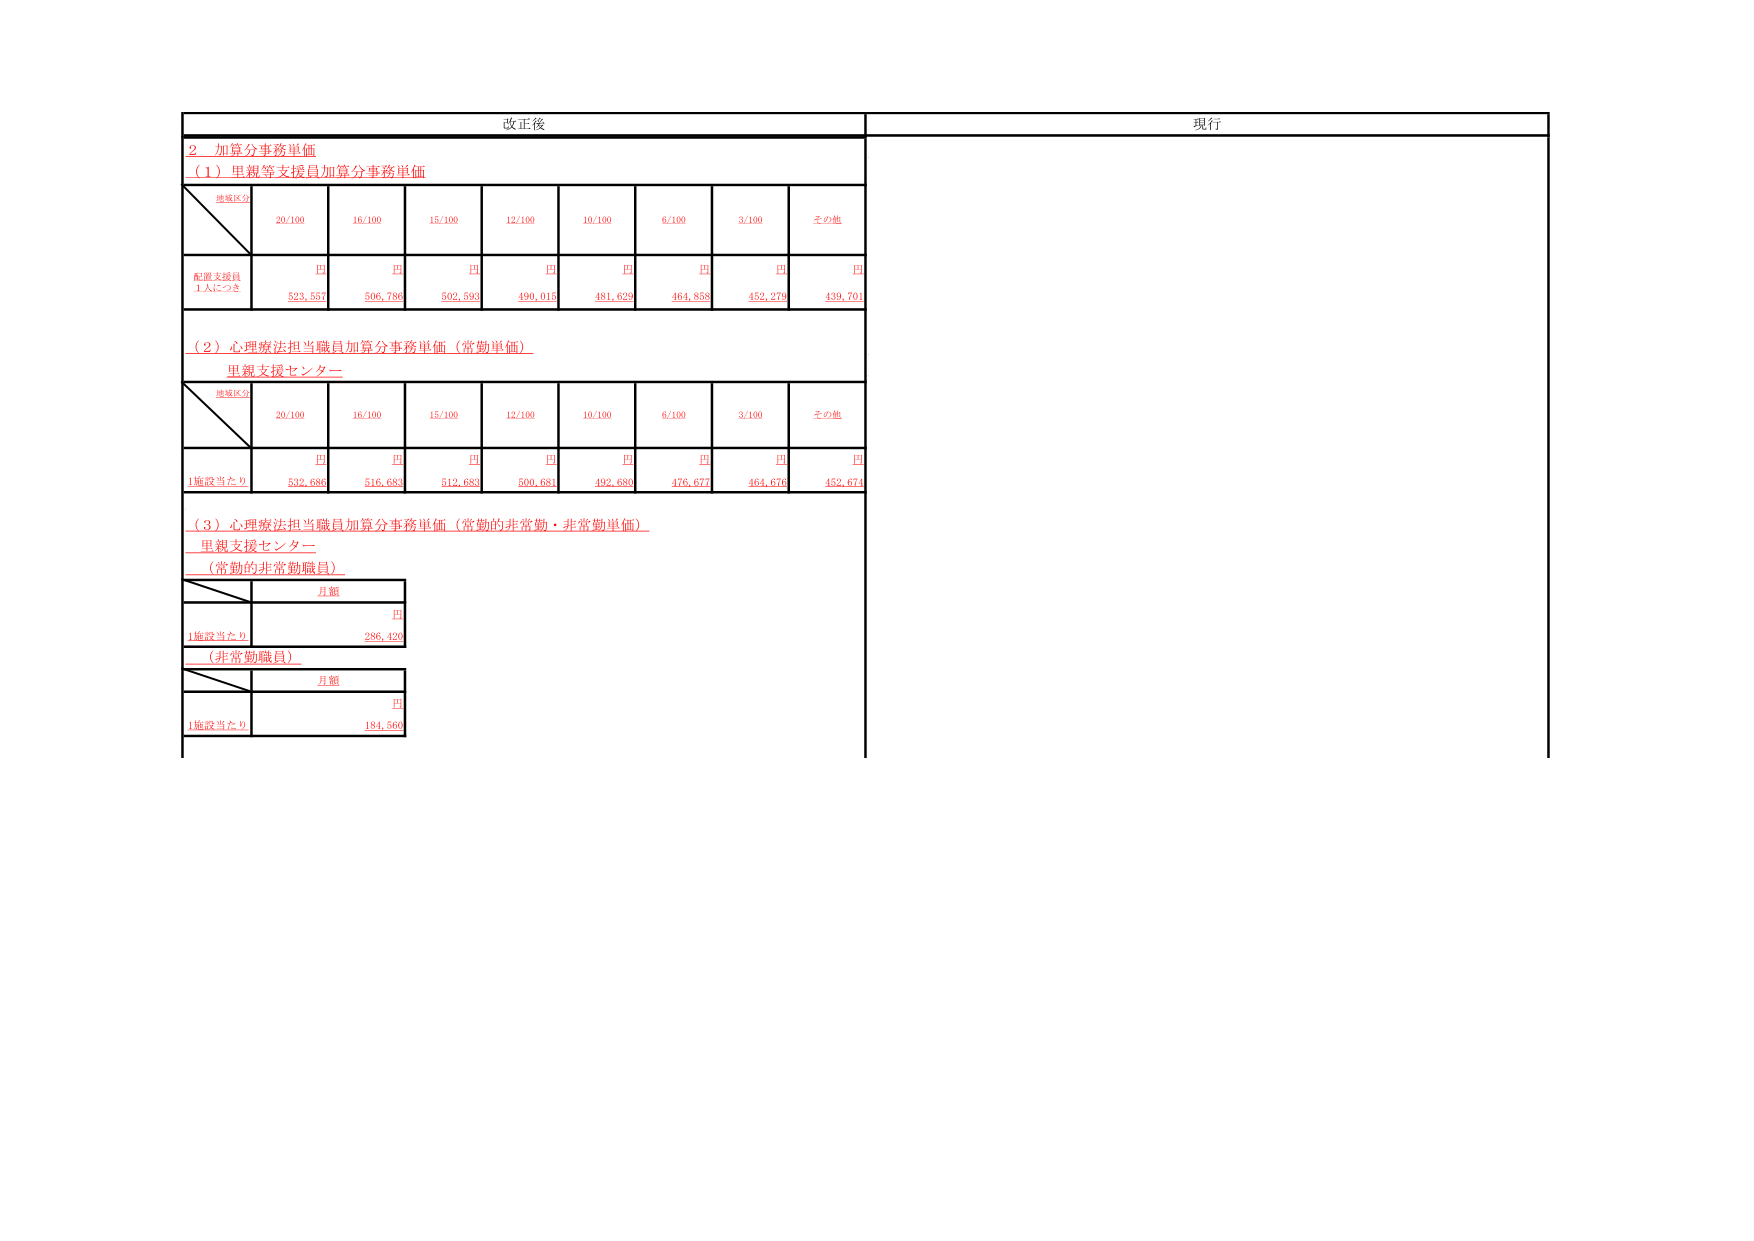
改正後
現行
２　加算分事務単価
（１）里親等支援員加算分事務単価
地域区分
20/100
16/100
15/100
12/100
10/100
6/100
3/100
その他
配置支援員
1人につき
円
円
円
円
円
円
円
円
523,557
506,786
502,593
490,015
481,629
464,858
452,279
439,701
（２）心理療法担当職員加算分事務単価（常勤単価）
里親支援センター
地域区分
20/100
16/100
15/100
12/100
10/100
6/100
3/100
その他
1施設当たり
円
円
円
円
円
円
円
円
532,686
516,683
512,683
500,681
492,680
476,677
464,676
452,673
（３）心理療法担当職員加算分事務単価（常勤的非常勤・非常勤単価）
里親支援センター
（常勤的非常勤職員）
月額
円
1施設当たり
286,420
（非常勤職員）
月額
円
1施設当たり
184,560